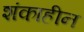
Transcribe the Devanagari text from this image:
शंकाहीन